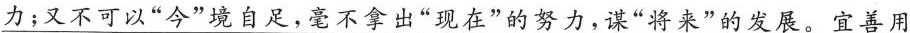
力；又不可以”今”境自足，毫不拿出”现在”的努力，谋”将来”的发展。宜善用